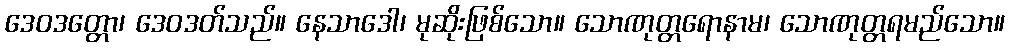
ဒေဝဒတ္တော၊ ဒေဝဒတ်သည်။ နေသာဒေါ၊ မုဆိုးဖြစ်သော။ သောဏုတ္တရောနာမ၊ သောဏုတ္တရမည်သော။